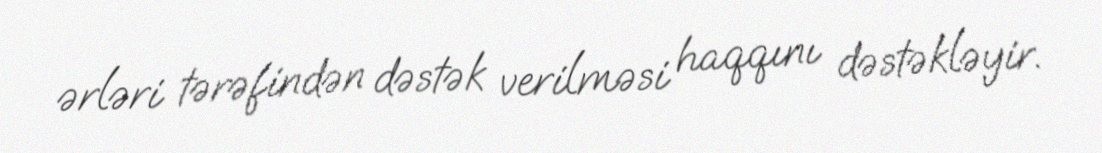
ərləri tərəfindən dəstək verilməsi haqqını dəstəkləyir.